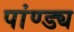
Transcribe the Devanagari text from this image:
पांण्ड्य